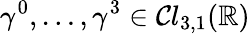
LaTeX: \gamma^{0},\ldots,\gamma^{3}\in{\mathcal{Cl}}_{3,1}(\mathbb{R})